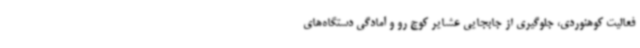
فعالیت کوهنوردی، جلوگیری از جابجایی عشایر کوچ رو و آمادگی دستگاه‌های